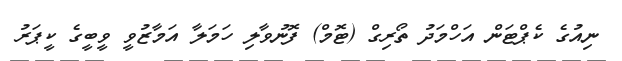
ނިއުގެ ކެޕްޓަން އަހްމަދު ތޯރިގް (ޓޮމް) ފޮނުވާލި ހަމަލާ އަމާޒުވީ ވީބީގެ ކީޕަރު